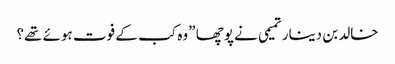
خالد بن دینار تمیمی نے پوچھا ”وہ کب کے فوت ہوئے تھے؟